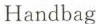
Handbag